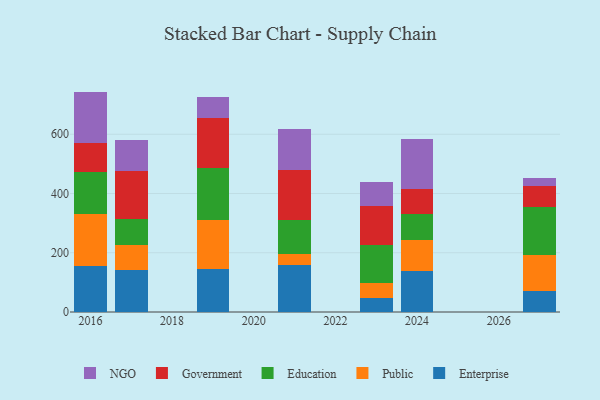
{"axis": {"x": "Year", "y": "Revenue (USD Million)"}, "legend": ["Education", "Enterprise", "Government", "NGO", "Public"], "data": [{"x": "2016", "y": 155.2, "type": "Enterprise"}, {"x": "2016", "y": 175.2, "type": "Public"}, {"x": "2016", "y": 143.8, "type": "Education"}, {"x": "2016", "y": 97.3, "type": "Government"}, {"x": "2016", "y": 172.6, "type": "NGO"}, {"x": "2021", "y": 157.5, "type": "Enterprise"}, {"x": "2021", "y": 37.0, "type": "Public"}, {"x": "2021", "y": 114.5, "type": "Education"}, {"x": "2021", "y": 171.8, "type": "Government"}, {"x": "2021", "y": 137.0, "type": "NGO"}, {"x": "2023", "y": 47.6, "type": "Enterprise"}, {"x": "2023", "y": 49.6, "type": "Public"}, {"x": "2023", "y": 129.2, "type": "Education"}, {"x": "2023", "y": 129.9, "type": "Government"}, {"x": "2023", "y": 82.9, "type": "NGO"}, {"x": "2017", "y": 141.5, "type": "Enterprise"}, {"x": "2017", "y": 85.1, "type": "Public"}, {"x": "2017", "y": 86.6, "type": "Education"}, {"x": "2017", "y": 162.1, "type": "Government"}, {"x": "2017", "y": 106.5, "type": "NGO"}, {"x": "2019", "y": 146.0, "type": "Enterprise"}, {"x": "2019", "y": 164.5, "type": "Public"}, {"x": "2019", "y": 174.3, "type": "Education"}, {"x": "2019", "y": 169.3, "type": "Government"}, {"x": "2019", "y": 71.4, "type": "NGO"}, {"x": "2024", "y": 137.5, "type": "Enterprise"}, {"x": "2024", "y": 106.2, "type": "Public"}, {"x": "2024", "y": 85.5, "type": "Education"}, {"x": "2024", "y": 86.8, "type": "Government"}, {"x": "2024", "y": 166.8, "type": "NGO"}, {"x": "2027", "y": 71.0, "type": "Enterprise"}, {"x": "2027", "y": 122.0, "type": "Public"}, {"x": "2027", "y": 160.4, "type": "Education"}, {"x": "2027", "y": 70.6, "type": "Government"}, {"x": "2027", "y": 28.4, "type": "NGO"}]}